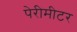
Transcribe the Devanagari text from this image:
पेरीमीटर